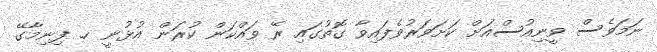
ނަމަވެސް ވީނިއުސްއަށް ކަށަވަރުވެފައިވާ ގޮތުގައި ރޭ ވައްކަން ކުރަން އުޅުނީ ހ. ފިނިމާގޭ